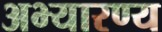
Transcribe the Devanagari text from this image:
अभ्यारण्‍य